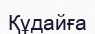
Құдайға